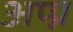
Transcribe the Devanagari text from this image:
अप्प्न